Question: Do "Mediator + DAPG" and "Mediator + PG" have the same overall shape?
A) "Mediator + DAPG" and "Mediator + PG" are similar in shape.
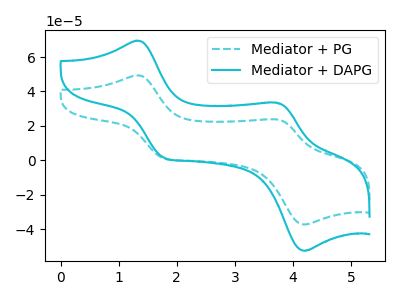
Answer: <think>The cyan dashed curve "Mediator + PG" has anodic peaks at (1.30V, 49.35uA) (3.70V, 23.80uA) and cathodic peaks at (1.80V, 1.00uA) (4.20V, -37.30uA). The cyan curve "Mediator + DAPG" has anodic peaks at (1.30V, 69.50uA) (3.70V, 33.50uA) and cathodic peaks at (1.80V, 1.40uA) (4.20V, -52.55uA).
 All the peaks in "Mediator + DAPG" have a peak in "Mediator + PG" at the same potential.</think>
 <answer>A) "Mediator + DAPG" and "Mediator + PG" are similar in shape.</answer>
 <eval>A</eval>